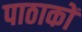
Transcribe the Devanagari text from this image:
पाठाकों